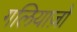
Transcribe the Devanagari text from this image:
गलियाज़ो